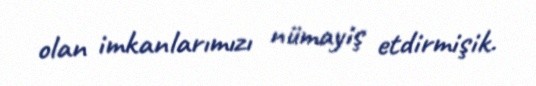
olan imkanlarımızı nümayiş etdirmişik.